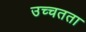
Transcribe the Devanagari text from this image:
उच्चतता